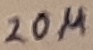
Text: 20µ